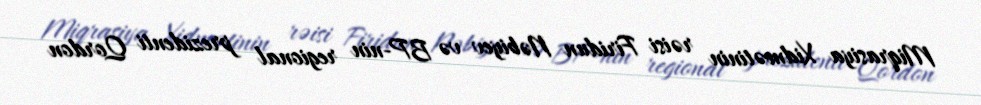
Miqrasiya Xidmətinin rəisi Firidun Nəbiyev və BP-nin regional prezidenti Qordon